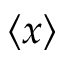
\langle x \rangle